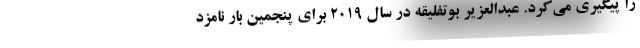
را پیگیری می‌کرد. عبدالعزیر بوتفلیقه در سال ۲۰۱۹ برای پنجمین بار نامزد